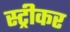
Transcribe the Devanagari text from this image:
स्ट्रीकर